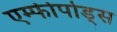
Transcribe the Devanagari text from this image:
एम्फीपोड्स